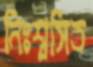
নিঃশ্বসিত